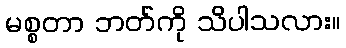
မစ္စတာ ဘတ်ကို သိပါသလား။